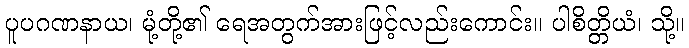
ပူပဂဏနာယ၊ မုံ့တို့၏ ရေအတွက်အားဖြင့်လည်းကောင်း။ ပါစိတ္တိယံ၊ သို့။